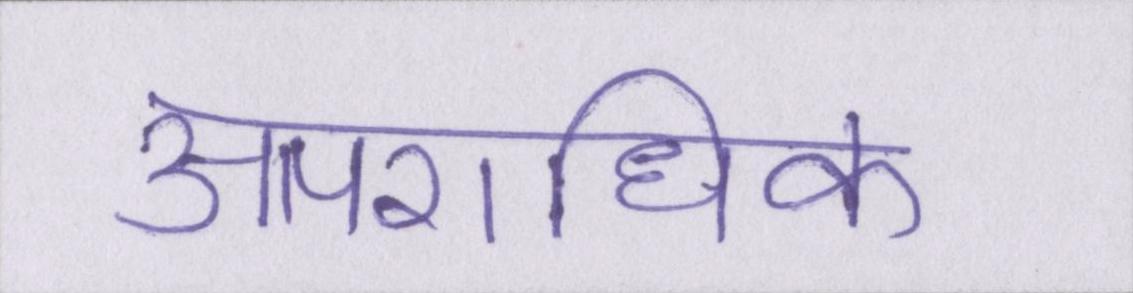
आपराधिक